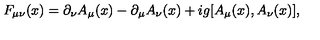
F _ { \mu \nu } ( x ) = \partial _ { \nu } A _ { \mu } ( x ) - \partial _ { \mu } A _ { \nu } ( x ) + i g [ A _ { \mu } ( x ) , A _ { \nu } ( x ) ] ,